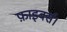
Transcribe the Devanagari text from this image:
फ़ाइबर्स।